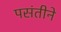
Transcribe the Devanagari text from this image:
पसंतीने